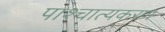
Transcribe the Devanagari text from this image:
पाश्चात्यकरण